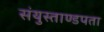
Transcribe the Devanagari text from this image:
संयुस्ताण्डपता